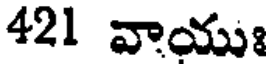
421 వాయుః